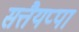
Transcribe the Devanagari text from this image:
सत्तैयप्पा